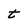
Character: t